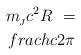
LaTeX: \begin{align*}m_{\!_J} c^2 R\ = \\frac{hc}{2\pi}\vspace{-1.5ex}\end{align*}